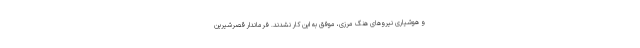
و هوشیاری نیروهای هنگ مرزی، موفق به این کار نشدند. فرماندار قصرشیرین